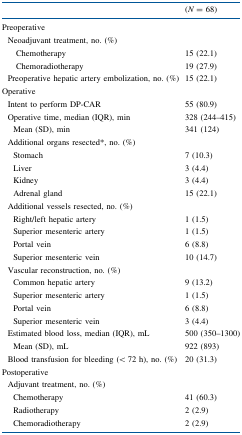
<table><thead><tr><td></td><td><b>(<i>N</i> = 68)</b></td></tr></thead><tbody><tr><td colspan="2">Preoperative</td></tr><tr><td> Neoadjuvant treatment, no. (%)</td><td></td></tr><tr><td>Chemotherapy</td><td>15 (22.1)</td></tr><tr><td>Chemoradiotherapy</td><td>19 (27.9)</td></tr><tr><td> Preoperative hepatic artery embolization, no. (%)</td><td>15 (22.1)</td></tr><tr><td>Operative</td><td></td></tr><tr><td> Intent to perform DP-CAR</td><td>55 (80.9)</td></tr><tr><td> Operative time, median (IQR), min</td><td>328 (244–415)</td></tr><tr><td>Mean (SD), min</td><td>341 (124)</td></tr><tr><td> Additional organs resected*, no. (%)</td><td></td></tr><tr><td>Stomach</td><td>7 (10.3)</td></tr><tr><td>Liver</td><td>3 (4.4)</td></tr><tr><td>Kidney</td><td>3 (4.4)</td></tr><tr><td>Adrenal gland</td><td>15 (22.1)</td></tr><tr><td> Additional vessels resected, no. (%)</td><td></td></tr><tr><td>Right/left hepatic artery</td><td>1 (1.5)</td></tr><tr><td>Superior mesenteric artery</td><td>1 (1.5)</td></tr><tr><td>Portal vein</td><td>6 (8.8)</td></tr><tr><td>Superior mesenteric vein</td><td>10 (14.7)</td></tr><tr><td> Vascular reconstruction, no. (%)</td><td></td></tr><tr><td>Common hepatic artery</td><td>9 (13.2)</td></tr><tr><td>Superior mesenteric artery</td><td>1 (1.5)</td></tr><tr><td>Portal vein</td><td>6 (8.8)</td></tr><tr><td>Superior mesenteric vein</td><td>3 (4.4)</td></tr><tr><td> Estimated blood loss, median (IQR), mL</td><td>500 (350–1300)</td></tr><tr><td>Mean (SD), mL</td><td>922 (893)</td></tr><tr><td> Blood transfusion for bleeding (&lt; 72 h), no. (%)</td><td>20 (31.3)</td></tr><tr><td>Postoperative</td><td></td></tr><tr><td> Adjuvant treatment, no. (%)</td><td></td></tr><tr><td>Chemotherapy</td><td>41 (60.3)</td></tr><tr><td>Radiotherapy</td><td>2 (2.9)</td></tr><tr><td>Chemoradiotherapy</td><td>2 (2.9)</td></tr></tbody></table>